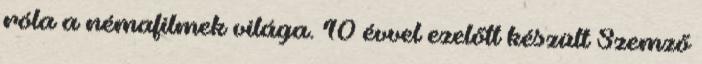
róla a némafilmek világa. 10 évvel ezelőtt készült Szemző